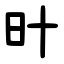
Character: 旪